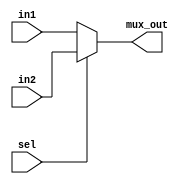
module param_2x1_MUX#(
    parameter n = 32)(
    input [n-1 : 0] in1, in2,
    input sel,
    output [n-1 : 0] mux_out
    );
    
    assign mux_out = sel? in2 : in1;
endmodule